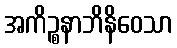
အကိဉ္စနာဘိနိဝေသာ